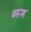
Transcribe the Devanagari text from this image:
बरूण